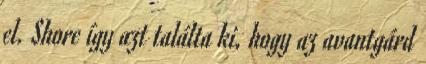
el. Shore így azt találta ki, hogy az avantgárd